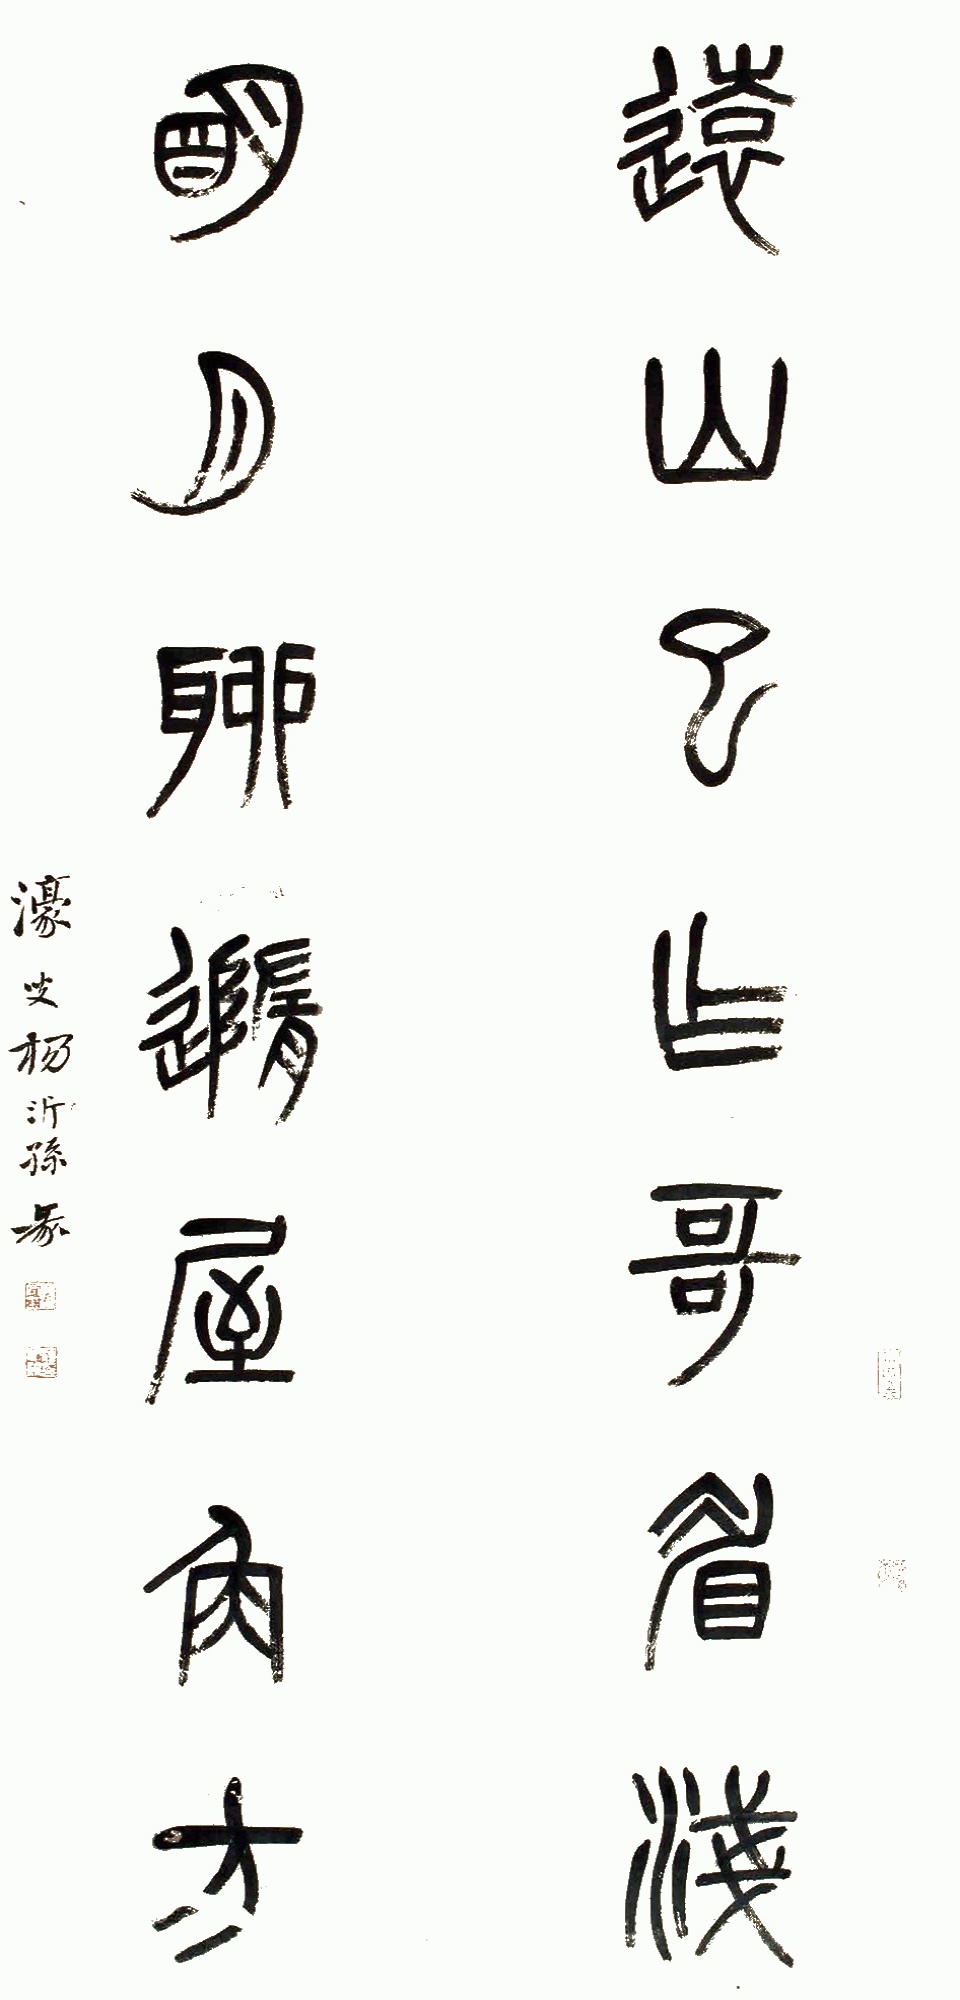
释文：远山已作哥眉浅，明月聊随屋角方。濠叟杨沂孙篆。